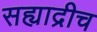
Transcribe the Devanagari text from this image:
सह्याद्रीच